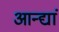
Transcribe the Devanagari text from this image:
आन्द्यां